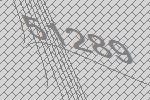
51289